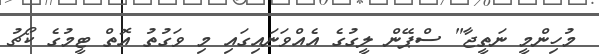
މުހިންމީ ނަތީޖާ" ސްޕޭން ލީގުގެ އެއްވަނައިގައި މި ވަގުތު އޮތް ޓީމުގެ ކޯޗު